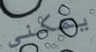
يمكني